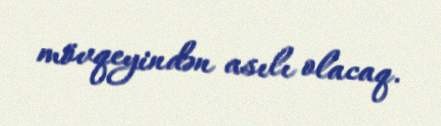
mövqeyindən asılı olacaq.